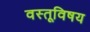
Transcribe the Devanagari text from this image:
वस्तूविषय